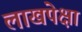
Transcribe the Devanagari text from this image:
लाखपेक्षा